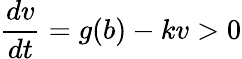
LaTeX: \frac{dv}{dt}=g(b)-kv>0